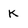
Character: K